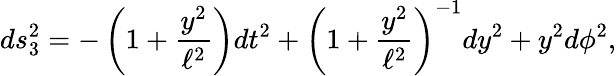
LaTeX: ds_{3}^{2}=-\left(1+\frac{y^{2}}{\ell^{2}}\right)dt^{2}+\left(1+\frac{y^{2}}{\ell^{2}}\right)^{-1}dy^{2}+y^{2}d\phi^{2},